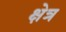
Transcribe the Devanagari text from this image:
क्षेत्र